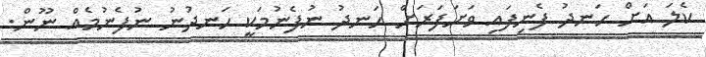
ކެލަ އަށް ހަނދު ފެނިފައި ވަށަފަރަށް ހަނދު ނުފެނުމަކީ ހަނދުނު ނުފެނުމެއް ނޫން.